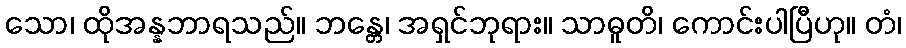
သော၊ ထိုအန္နဘာရသည်။ ဘန္တေ၊ အရှင်ဘုရား။ သာဓူတိ၊ ကောင်းပါပြီဟု။ တံ၊